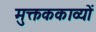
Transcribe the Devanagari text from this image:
मुक्तककाव्यों